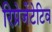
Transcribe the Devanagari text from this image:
रिप्रेजेंटेटिव